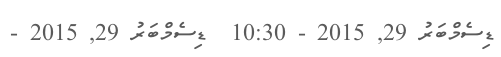
ޑިސެމްބަރު 29